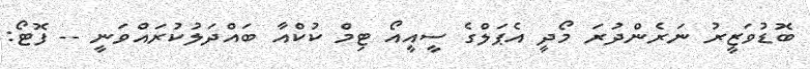
ބޮޑުވަޒީރު ނަރެންދުރަ މޯދީ އެޕަލްގެ ސީއީއޯ ޓިމް ކުކްއާ ބައްދަލުކުރައްވަނީ -- ފޮޓޯ: